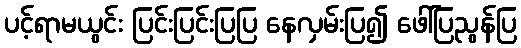
ပင့်ရာမယွင်း ပြင်းပြင်းပြပြ နေလှမ်းပြ၍ ဖေါ်ပြညွန်ပြ